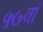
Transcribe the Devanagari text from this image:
५७वां